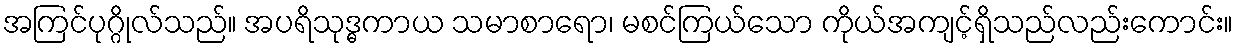
အကြင်ပုဂ္ဂိုလ်သည်။ အပရိသုဒ္ဓကာယ သမာစာရော၊ မစင်ကြယ်သော ကိုယ်အကျင့်ရှိသည်လည်းကောင်း။